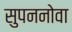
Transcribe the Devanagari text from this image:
सुपननोवा